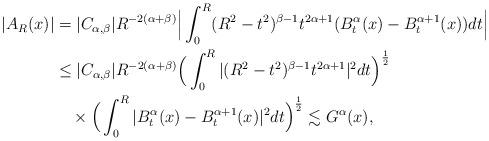
LaTeX: \begin{align*}|A_R(x)|&=|C_{\alpha,\beta}|R^{-2(\alpha+\beta)}\Big|\int^R_0(R^2-t^2)^{\beta-1}t^{2\alpha+1}(B^\alpha_t(x)-B^{\alpha+1}_t(x)) dt\Big|\\&\leq|C_{\alpha,\beta}|R^{-2(\alpha+\beta)}\Big(\int^R_0|(R^2-t^2)^{\beta-1}t^{2\alpha+1}|^2dt\Big)^{\frac12}\\&\quad\times\Big(\int^R_0|B^\alpha_t(x)-B^{\alpha+1}_t(x)|^2dt\Big)^{\frac12}\lesssim G^\alpha(x),\end{align*}